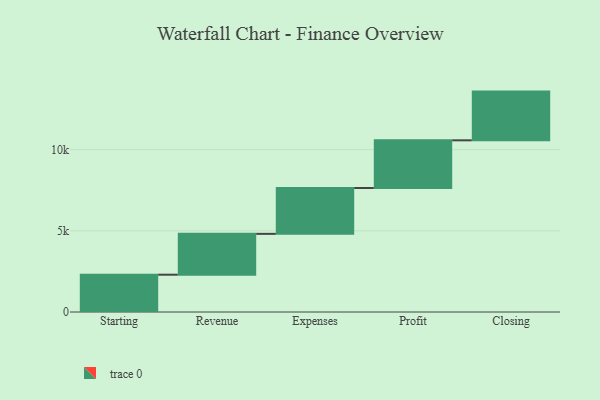
{"axis": {"x": "Step", "y": "Value"}, "legend": [""], "data": [{"x": "Starting", "y": 2297.0, "type": ""}, {"x": "Revenue", "y": 2515.0, "type": ""}, {"x": "Expenses", "y": 2822.0, "type": ""}, {"x": "Profit", "y": 2937.0, "type": ""}, {"x": "Closing", "y": 3000, "type": ""}]}